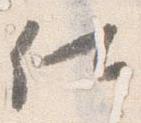
仕